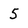
Character: 5